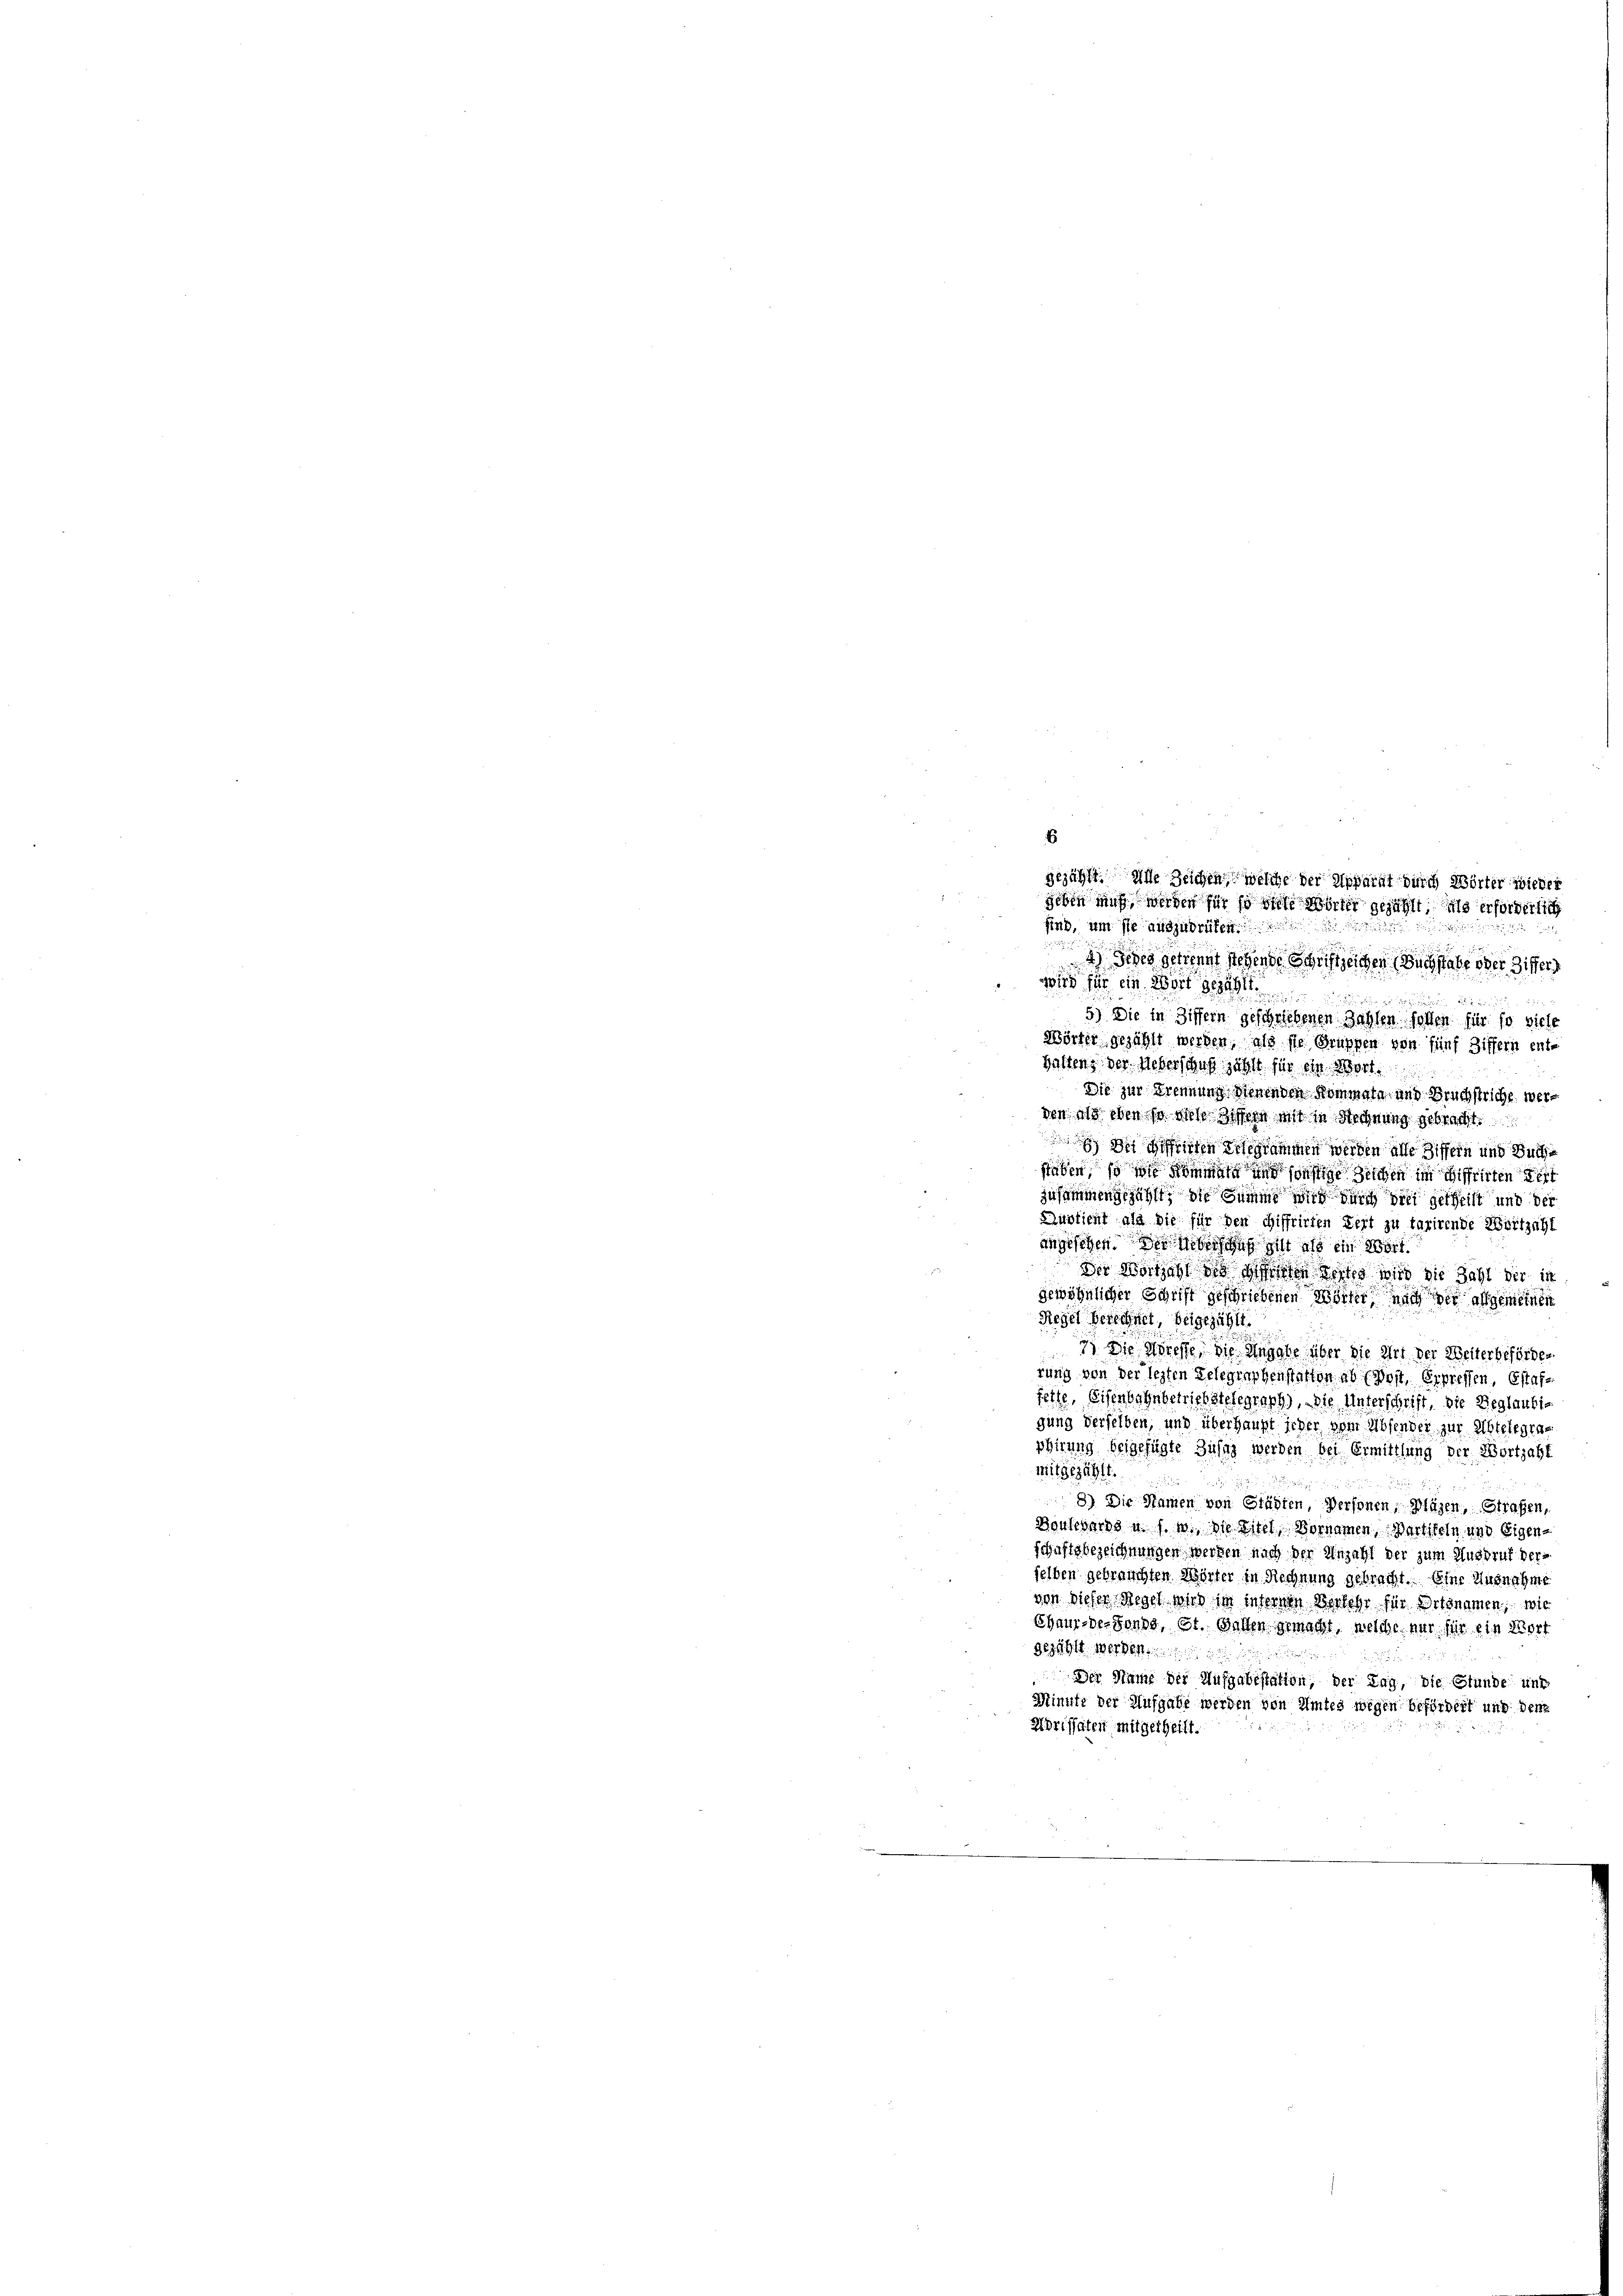
gezählt. Alle Zeichen welche der Apparat durch Wörter wieder
geben muß, werden für so viele Wörter gezählt, als erforderlich
sind, um sie auszudrüfen.
) Jedes getrengt stehende Schriftzeichen Buchstabe oder Ziffers
118 f 20
2
5) Die in Ziffern geschriebenen Zahlen sollen für so viele
Wörter gezählt werden, als sie Gruppen von fünf Ziffern ent-
battens der Ueberschuß zählt für die Wort
Die zur Trennung denenden Kommen und Bruchstricht werdes als eben so diese dessen mit in Rechnung gebracht.
 Du meisten gelegrammen werden alle Ziffern und Buchstaben, so wol kommen und sonstige Reichen im Siffrirten Seit
zusammengezählt, die Summe wird durch die getheilt und der
Ausricht als die für den Hiffrirten Zeit zu taxirende Wortzahl
angesetzen des Weber das gilt als ein Wort
der Wortzahl des Mitten Seiten wird die Zahl der in
gewöhnlicher Schrift geschriebenen Wörter nach der allgemeinen
Regel berechnet, beigezählt.
 Die Wiese die Angabe über die Art der Weiterbeförden
rung von der lezten Gelegenshenstatten ab (Doit, Erpreffen, Estaffette, Eisenbahnbetrichstelegraph, die Unterschrift, die Beglaubig
gung derselben, und überhaupt jeher vom Absender zur Abtelegrarhirung beigefügte Zusag werden bei Ermittlung der Wortzahl
mitgezählt.
8) Die Namen von Städten, Versonen, Klägen, Strafen,
Boulevars u. s. w. Die Eitel Bornamen, Bartikeln und Eigen-
schaftsbezeichnungen werden nach der Anzahl der zum Ausdruf verselben gebrauchten Mörter in Rechnung gebracht. Eine Ausnahme
von dieser Regel wird in internen Verkehr für Ortsnamen, wie
Chaux-de-Fonds, St. Gallen gemacht, welche nur für ein Wort
gezählt werden.
Der Name der Aufgabestation, der Tag, die Stunde und
Minute der Aufgabe werden von Amtes wegen befördert und den
Moritäten mitgetheilt.